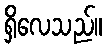
ရှိလေသည်။